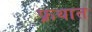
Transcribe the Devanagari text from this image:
फ्रथात